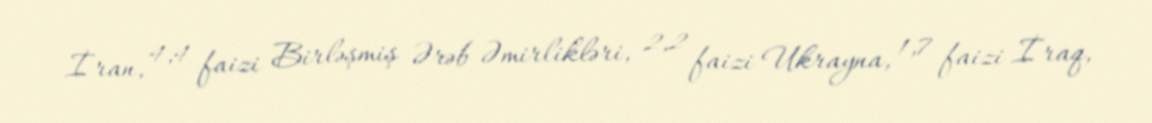
İran, 4,4 faizi Birləşmiş Ərəb Əmirlikləri, 2,2 faizi Ukrayna, 1,7 faizi İraq,